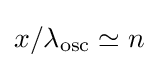
x/\lambda _{\text{osc}}\simeq n